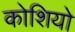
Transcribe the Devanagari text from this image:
कोशियो